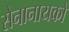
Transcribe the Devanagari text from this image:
सेनानायको